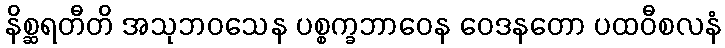
နိစ္ဆရတီတိ အသုဘဝသေန ပစ္စက္ခဘာဝေန ဝေဒနတော ပထဝီစလနံ